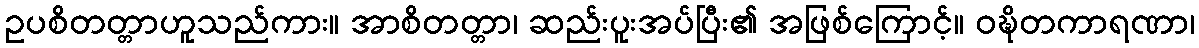
ဥပစိတတ္တာဟူသည်ကား။ အာစိတတ္တာ၊ ဆည်းပူးအပ်ပြီး၏ အဖြစ်ကြောင့်။ ဝဍ္ဎိတကာရဏာ၊